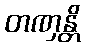
တဏှန္တိ